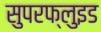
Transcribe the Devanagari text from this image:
सुपरफ्लुइड